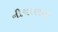
નીચાણના